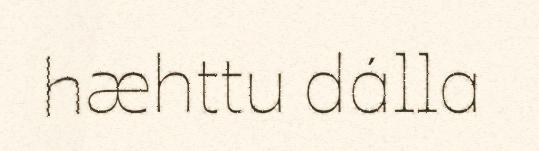
hæhttu dálla